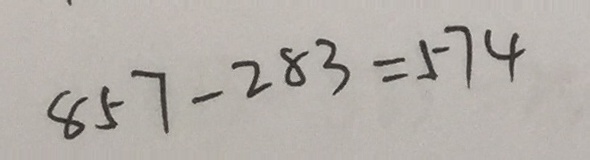
8 5 7 - 2 8 3 = 5 7 4